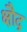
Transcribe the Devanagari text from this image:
क्षौद्र